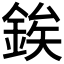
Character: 𨧚